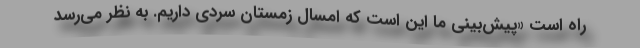
راه است «پیش‌بینی ما این است که امسال زمستان سردی داریم. به نظر می‌رسد